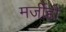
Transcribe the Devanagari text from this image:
मर्जीही